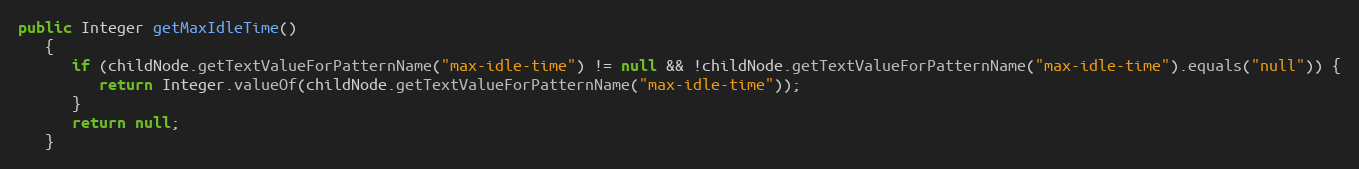
Language: Java
public Integer getMaxIdleTime()
   {
      if (childNode.getTextValueForPatternName("max-idle-time") != null && !childNode.getTextValueForPatternName("max-idle-time").equals("null")) {
         return Integer.valueOf(childNode.getTextValueForPatternName("max-idle-time"));
      }
      return null;
   }